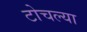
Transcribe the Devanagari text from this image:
टोचल्या